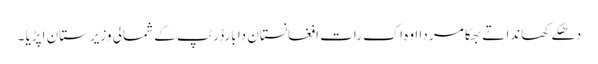
دھکے کھاندا تے بھکا مر دا اوہ اک رات افغانستان دا بارڈر ٹپ کے شمالی وزیرستان اپڑیا ۔